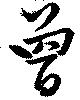
曾